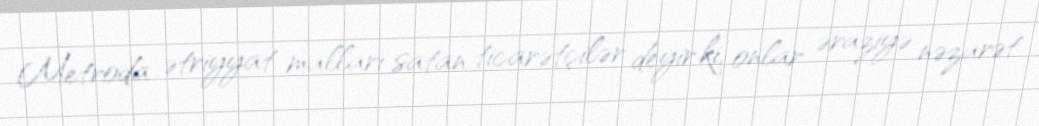
Metroda ətriyyat malları satan ticarətçilər deyir ki, onlar əraziyə nəzarət